Annual report of the Punjab Veterinary College and of the Civil Veterinary Department, Punjab - 1926-1932
Year: 1926
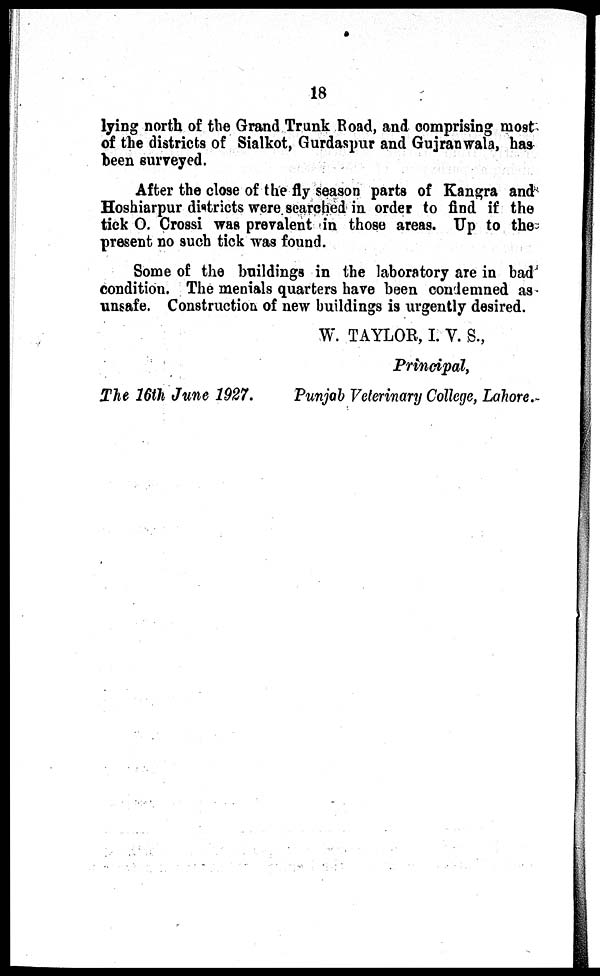
18
lying north of the Grand Trunk Road, and comprising most
of the districts of Sialkot, Gurdaspur and Gujranwala, has
been surveyed.
After the close of the fly season parts of Kangra and
Hoshiarpur districts were searched in order to find if the
tick O. Crossi was prevalent in those areas. Up to the
present no such tick was found.
Some of the buildings in the laboratory are in bad
condition. The menials quarters have been condemned as
unsafe. Construction of new buildings is urgently desired.
W. TAYLOR, I. V. S.,
Principal,
The 16th June 1927.
Punjab Veterinary College, Lahore.